65_HS1-834228961_62-HQ-83894_Section_2
Agency: FBI
Page 84
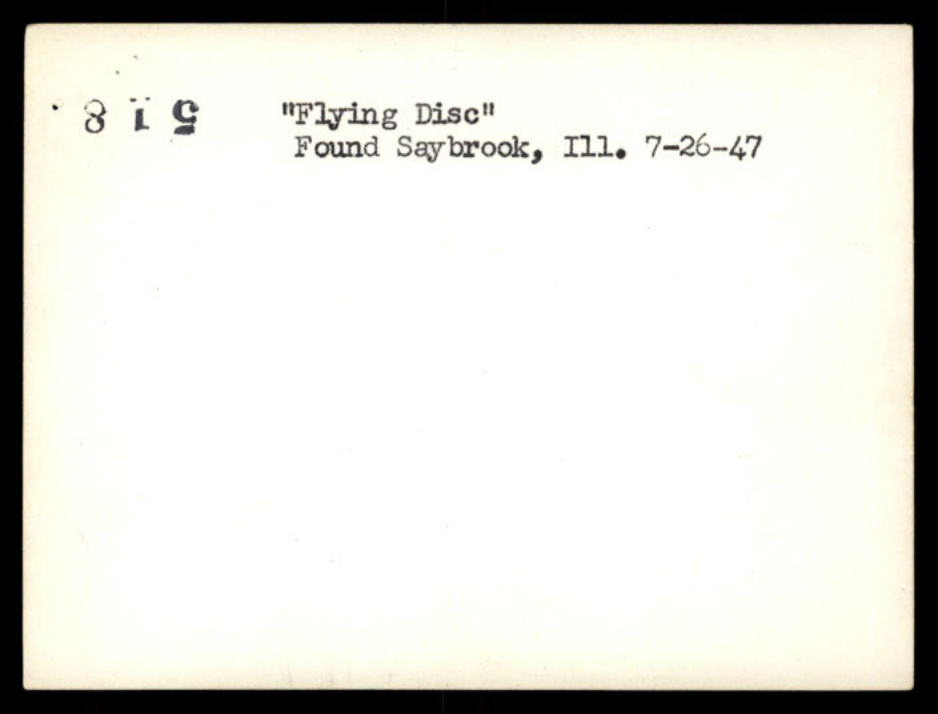